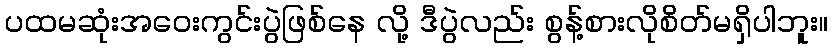
ပထမဆုံးအဝေးကွင်းပွဲဖြစ်နေ လို့ ဒီပွဲလည်း စွန့်စားလိုစိတ်မရှိပါဘူး။